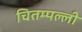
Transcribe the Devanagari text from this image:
चितम्पल्ली